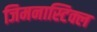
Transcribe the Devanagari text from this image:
जिमनास्टिक्ल